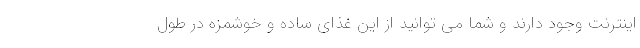
اینترنت وجود دارند و شما می توانید از این غذای ساده و خوشمزه در طول